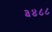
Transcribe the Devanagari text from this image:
३४८८